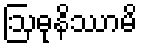
ဩဓုနိဿာမိ